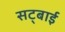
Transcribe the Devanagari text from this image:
सट्बाई